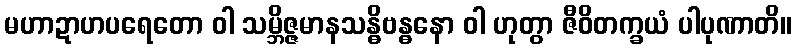
မဟာဍာဟပရေတော ဝါ သမ္ဘိဇ္ဇမာနသန္ဓိဗန္ဓနော ဝါ ဟုတွာ ဇီဝိတက္ခယံ ပါပုဏာတိ။